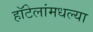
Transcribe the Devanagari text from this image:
हॉटेलांमधल्या